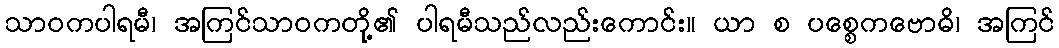
သာဝကပါရမီ၊ အကြင်သာဝကတို့၏ ပါရမီသည်လည်းကောင်း။ ယာ စ ပစ္စေကဗောဓိ၊ အကြင်